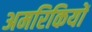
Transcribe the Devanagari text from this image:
अमरिकियों